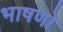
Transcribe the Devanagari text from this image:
भाषणो